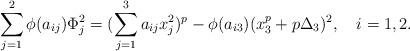
LaTeX: \begin{align*}\sum_{j=1}^2\phi(a_{ij})\Phi_j^2=(\sum_{j=1}^3a_{ij}x_j^2)^p-\phi(a_{i3})(x_3^p+p\Delta_3)^2,\ \ \ i=1,2.\end{align*}